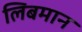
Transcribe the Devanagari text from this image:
लिबमान